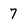
Character: 7